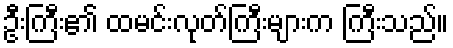
ဦးကြီး၏ ထမင်းလုတ်ကြီးများက ကြီးသည်။